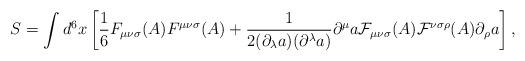
LaTeX: \begin{align*}S=\int d^{6}x\left[{\frac 1 6}F_{{\mu}{\nu}{\sigma}}(A)F^{{\mu}{\nu}{\sigma}}(A)+\frac{1}{2({\partial}_{\lambda}a)({\partial}^{\lambda}a)}{\partial}^{\mu}a{\cal F}_{{\mu}{\nu}{\sigma}}(A){\cal F}^{{\nu}{\sigma}{\rho}}(A){\partial}_{\rho}a\right],\end{align*}